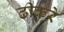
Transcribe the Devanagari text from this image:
ढीकरे